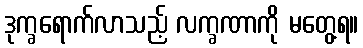
ဒုက္ခရောက်လာသည့် လက္ခဏာကို မတွေ့ရ။